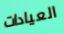
العيادات